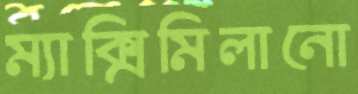
ম্যাক্সিমিলানো